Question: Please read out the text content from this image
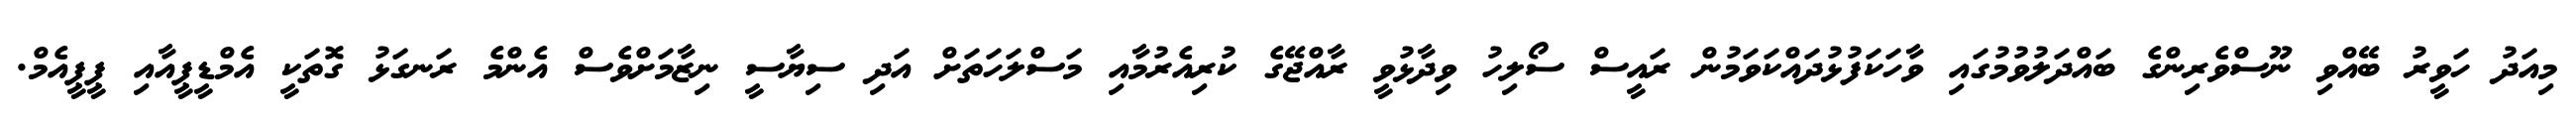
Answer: މިއަދު ހަވީރު ބޭއްވި ނޫސްވެރިންގެ ބައްދަލުވުމުގައި ވާހަކަފުޅުދައްކަވަމުން ރައީސް ސޯލިހު ވިދާޅުވީ ރާއްޖޭގެ ކުރިއެރުމާއި މަސްލަހަތަށް އަދި ސިޔާސީ ނިޒާމަށްވެސް އެންމެ ރަނގަޅު ގޮތަކީ އެމްޑީޕީއާއި ޕީޕީއެމް.